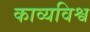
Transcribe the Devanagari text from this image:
काव्यविश्व